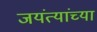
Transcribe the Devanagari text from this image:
जयंत्यांच्या